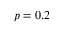
p = 0 . 2